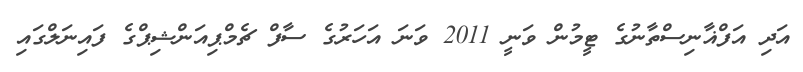
އަދި އަފްޣާނިސްތާނުގެ ޓީމުން ވަނީ 2011 ވަނަ އަހަރުގެ ސާފް ޗެމްޕިއަންޝިޕްގެ ފައިނަލްގައި